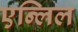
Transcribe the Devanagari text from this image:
एन्लिल